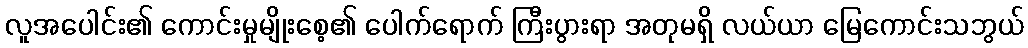
လူအပေါင်း၏ ကောင်းမှုမျိုးစေ့၏ ပေါက်ရောက် ကြီးပွားရာ အတုမရှိ လယ်ယာ မြေကောင်းသဘွယ်